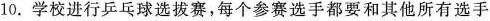
10.学校进行兵乓球选拔赛，每个参赛选手都要和其他所有选手